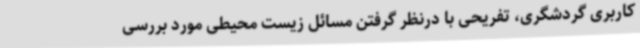
کاربری گردشگری، تفریحی با درنظر گرفتن مسائل زیست محیطی مورد بررسی